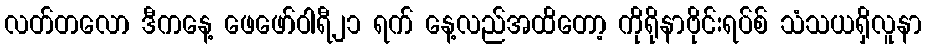
လတ်တလော ဒီကနေ့ ဖေဖော်ဝါရီ၂၁ ရက် နေ့လည်အထိတော့ ကိုရိုနာဗိုင်းရပ်စ် သံသယရှိလူနာ